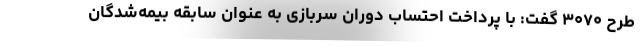
طرح ۳۰۷۰ گفت: با پرداخت احتساب دوران سربازی به عنوان سابقه بیمه‌شدگان